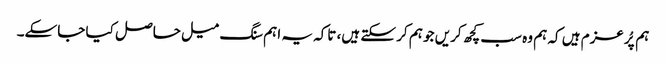
ہم پُرعزم ہیں کہ ہم وہ سب کچھ کریں جو ہم کر سکتے ہیں، تاکہ یہ اہم سنگ میل حاصل کیا جاسکے۔